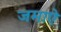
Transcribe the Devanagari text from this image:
जमाऐ